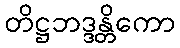
တိဋ္ဌဘဒ္ဒန္တိကော